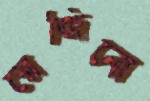
রেজিনো